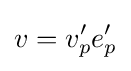
v=v'_{p}e'_{p}